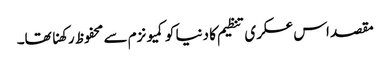
مقصد اس عسکری تنظیم کا دنیا کو کمیونزم سے محفوظ رکھنا تھا۔